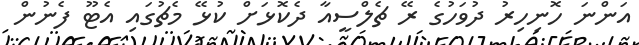
އަންނަ ހޮނިހިރު ދުވަހުގެ ރޭ ޗެލްސީއާ ދެކޮޅަށް ކުޅޭ މެޗުގައި އެޓޫ ފެނުން